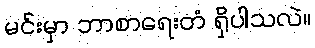
မင်းမှာ ဘာစာရေးတံ ရှိပါသလဲ။